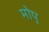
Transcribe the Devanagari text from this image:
मोपू